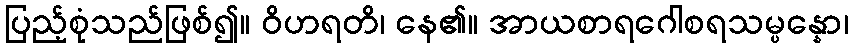
ပြည့်စုံသည်ဖြစ်၍။ ဝိဟရတိ၊ နေ၏။ အာယစာရဂေါစရသမ္ပန္နော၊